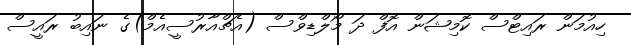
ހިއުމަން ރައިޓްސް ކޮމިޝަން އޮފް ދަ މޯލްޑިވްސް (އެޗްއާރުސީއެމް)ގެ ނައިބު ރައީސް